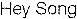
HEY SONG